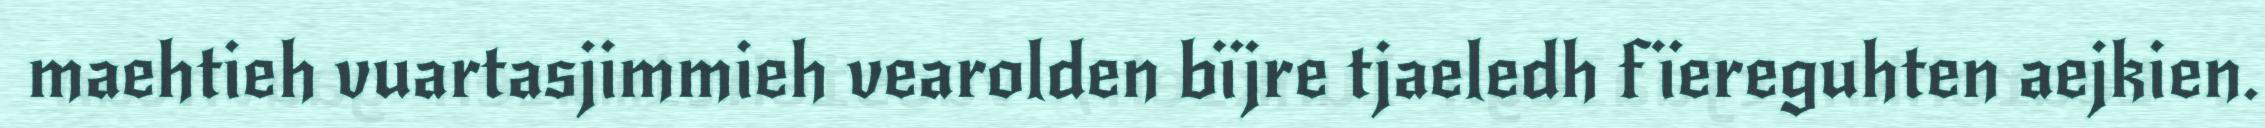
maehtieh vuartasjimmieh vearolden bïjre tjaeledh fïereguhten aejkien.